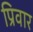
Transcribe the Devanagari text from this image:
प्रिवार